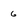
Character: 6